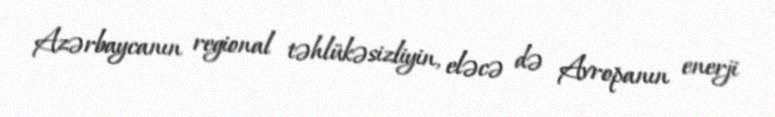
Azərbaycanın regional təhlükəsizliyin, eləcə də Avropanın enerji